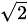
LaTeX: \scriptstyle{\sqrt{2}}